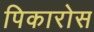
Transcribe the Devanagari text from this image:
पिकारोस